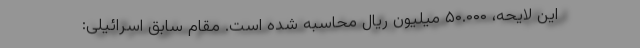
این لایحه، ۵۰.۰۰۰ میلیون ریال محاسبه شده است. مقام سابق اسرائیلی: